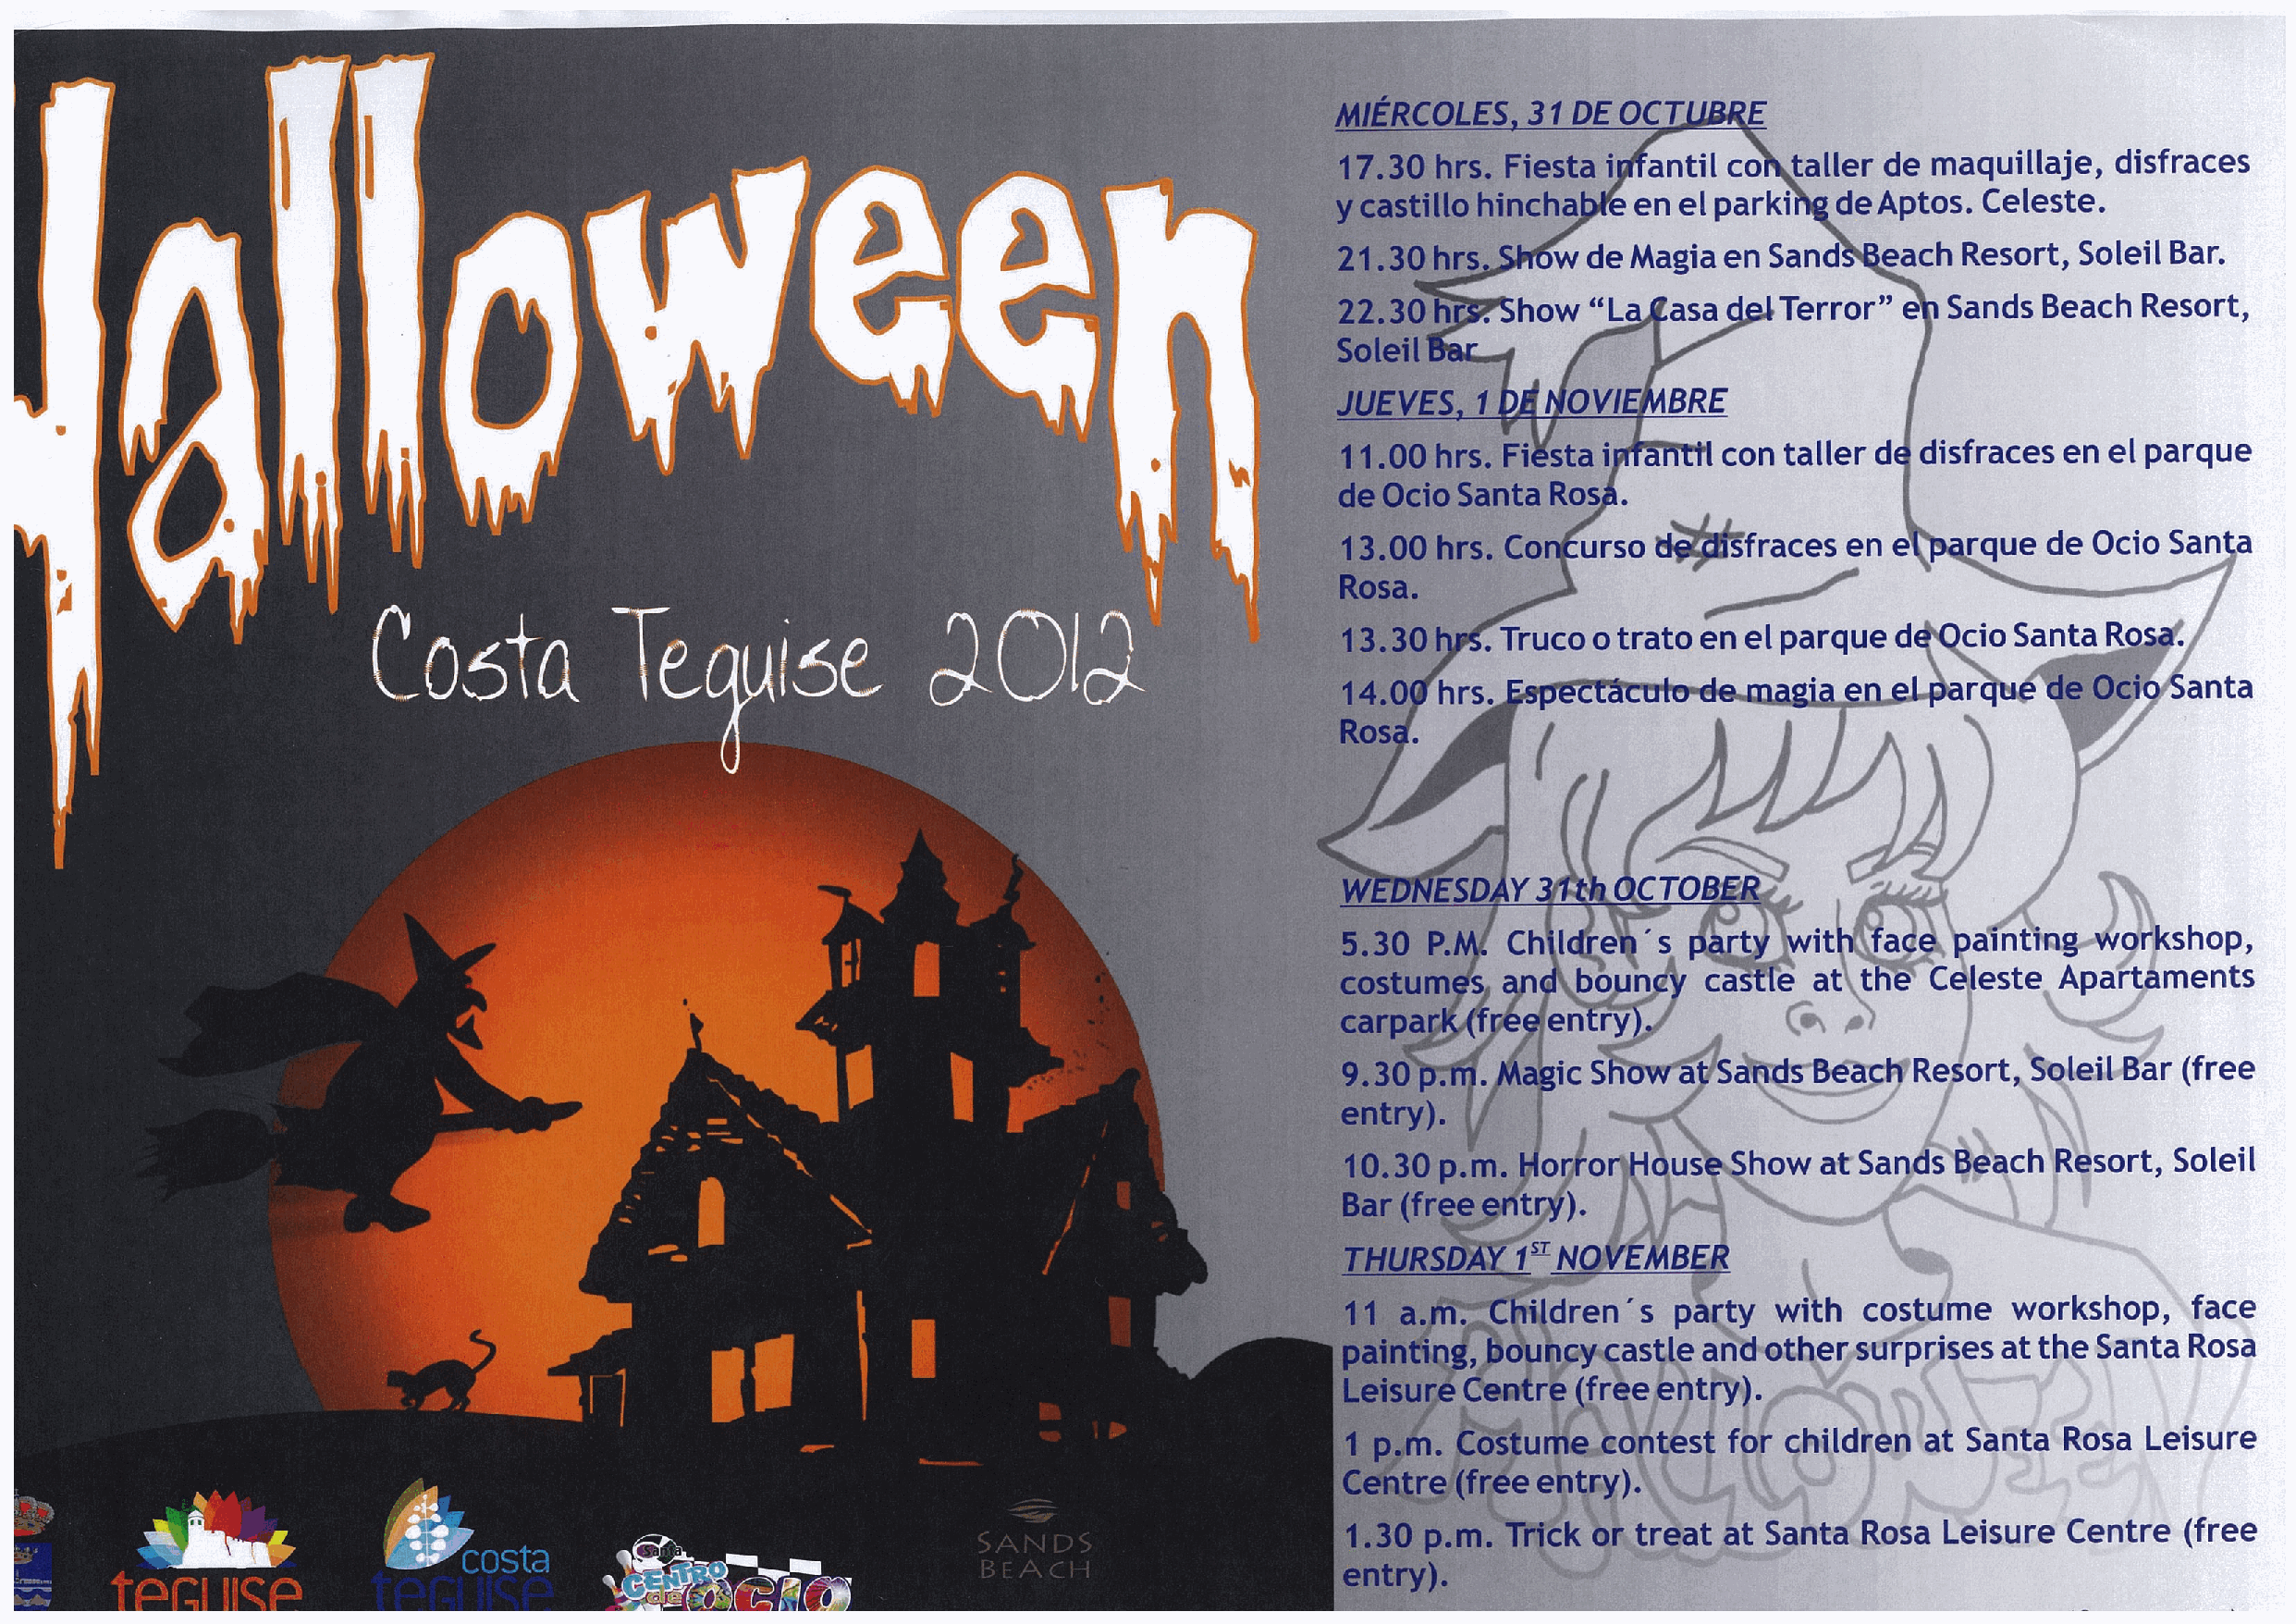
MIÉRCOLES    3IDEOCT
 II
 17.30  hrs. Fiesta i  antil co  taller de maquillaje,  disfraces
 y castillo hincha    en el parki   de Aptos.  Celeste.
 21.30hrs.      wdeMagiaenSan           each Resort,  Soleil Bar.
 22.30        how”L      asa    Terror”  e  Sands  Beach  Resort,
 .
 Soleil
 JUEVES    1 ~   OVI    BRE
 11.00  hrs. Fi’~stai       con  taller d disfraces  en el parque
 de Ocio Santa  Ros
 13.00  hrs. Co   urso        fraces ene      rque de  Ocio San  a
 Rosa.
 A
 13.30      Truco  o trato en el parque  d   do  Santa  R
 a
 e
 14.0   hrs.   (                   .       •..r      eOc      anta
 u   —  II . e     -
 1                                           Ros
 W      ESDYC.c~CTOt
 5.30  P.    Chlie~’    ~  Çtj     itk”a}     antng~2’~shop,
 1
 costum   s       bon’.    ca~  e  at t    C  leste Apa   aments
 -
 carpar         en  ry
 -:
 0
 9.30         aicS       a  5             Re  ort Saleil Bar (free
 .  .
 •11                                         entry).
 —
 —
 10.30p.m.     oro       us   how  atSa    s ~   ch Resort,  Soleil
 Bar (free    t
 ).
 THURSD      15’NO   EI4B
 11  a.     C idren   s  p  ty  wi  h costume    workshop,    face
 1                                            pain   n    o  ri y cas le and other su prises at the Santa  Rosa
 ~,
 ‘1
 Leisur   Cen  re fr  e   try).
 1 p.m.  Costu   e   o   es  for children  at Santa  Rosa  Leisure
 Centre  (free entry).
 1.30  p.m.  Tr~ck or treat at Santa  Rosa  Leisure  Centre  (free
 co  ta
 entry).